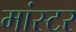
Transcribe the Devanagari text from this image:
मांस्टर